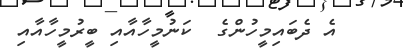
އެ ދެބައިމީހުންގެ  ކަނުމީހާއާއި ބީރުމީހާއާއި